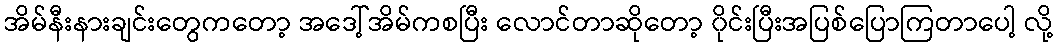
အိမ်နီးနားချင်းတွေကတော့ အဒေါ့်အိမ်ကစပြီး လောင်တာဆိုတော့ ၀ိုင်းပြီးအပြစ်ပြောကြတာပေါ့ လို့